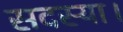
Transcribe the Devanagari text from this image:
सदस्या।